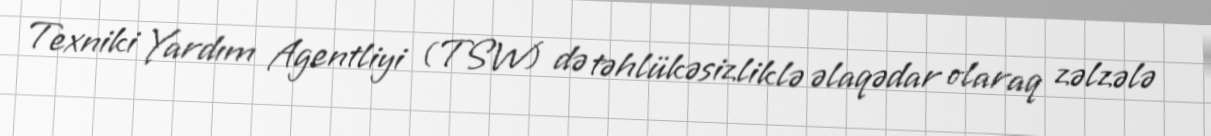
Texniki Yardım Agentliyi (TSW) də təhlükəsizliklə əlaqədar olaraq zəlzələ